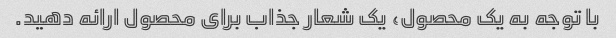
با توجه به یک محصول، یک شعار جذاب برای محصول ارائه دهید.